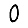
Digit: 0